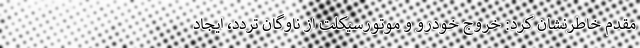
مقدم خاطرنشان کرد: خروج خودرو و موتورسیکلت از ناوگان تردد، ایجاد